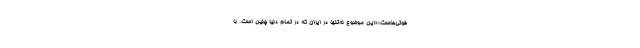
فوتی‌هاست؛«این موضوع نه‌تنها در ایران که در تمام دنیا چنین است. با